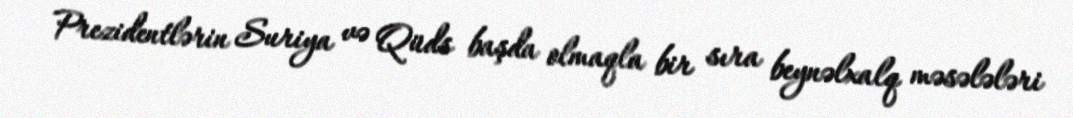
Prezidentlərin Suriya və Qüds başda olmaqla bir sıra beynəlxalq məsələləri